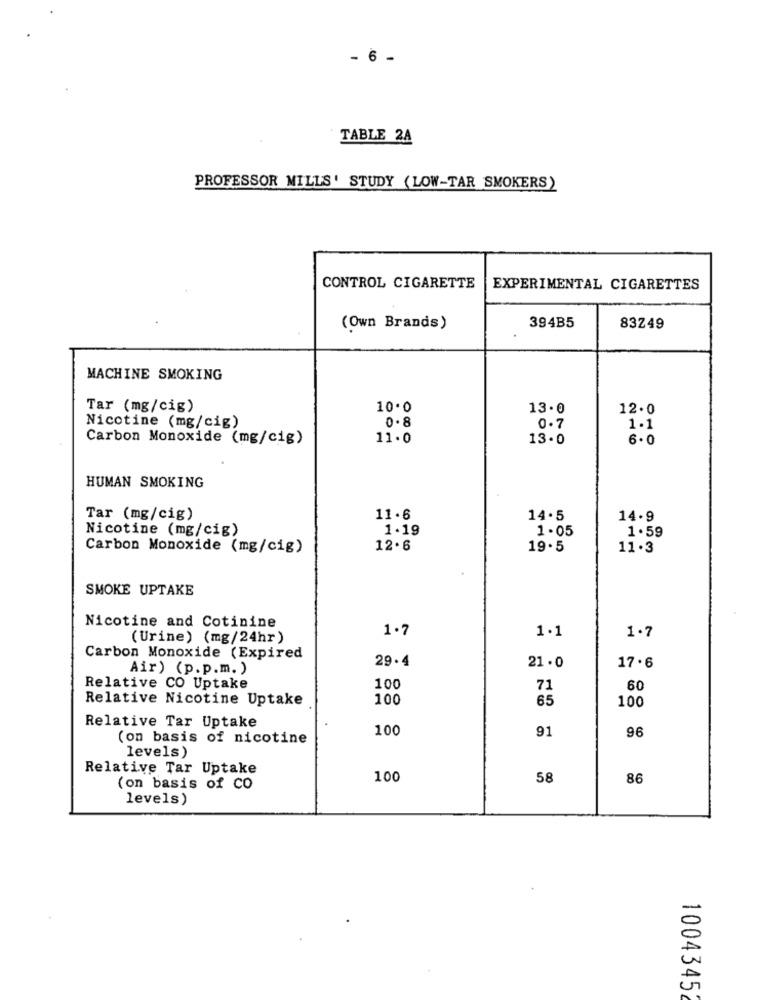
- 6 -
TABLE 2A
PROFESSOR MILLS' STUDY (LOW-TAR SMOKERS)
CONTROL CIGARETTE
EXPERIMENTAL CIGARETTES
(Own Brands)
394B5
83249
MACHINE SMOKING
Tar (mg/cig)
10.0
13.0
12.0
Nicotine (mg/cig)
0. 8
0.7
1.1
Carbon Monoxide (mg/cig)
11.0
13.0
6.0
HUMAN SMOKING
Tar (mg/cig)
11.6
14.5
14.9
Nicotine (mg/cig)
1.19
1.05
1.59
Carbon Monoxide (mg/cig)
12.6
19.5
11.3
SMOKE UPTAKE
Nicotine and Cotinine
1.7
(Urine) (mg/24hr)
1.1
1.7
Carbon Monoxide (Expired
29.4
21 . 0
Air) (p.p.m. )
17.6
Relative CO Uptake
100
71
60
Relative Nicotine Uptake
100
65
100
Relative Tar Uptake
100
91
96
(on basis of nicotine
levels)
Relative Tar Uptake
100
58
86
(on basis of CO
levels)
1004345